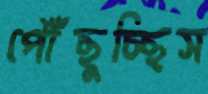
পৌঁছুচ্ছিস